Rangoon Lunatic Asylum 1898-1906 - 1898-1906
Year: 1898
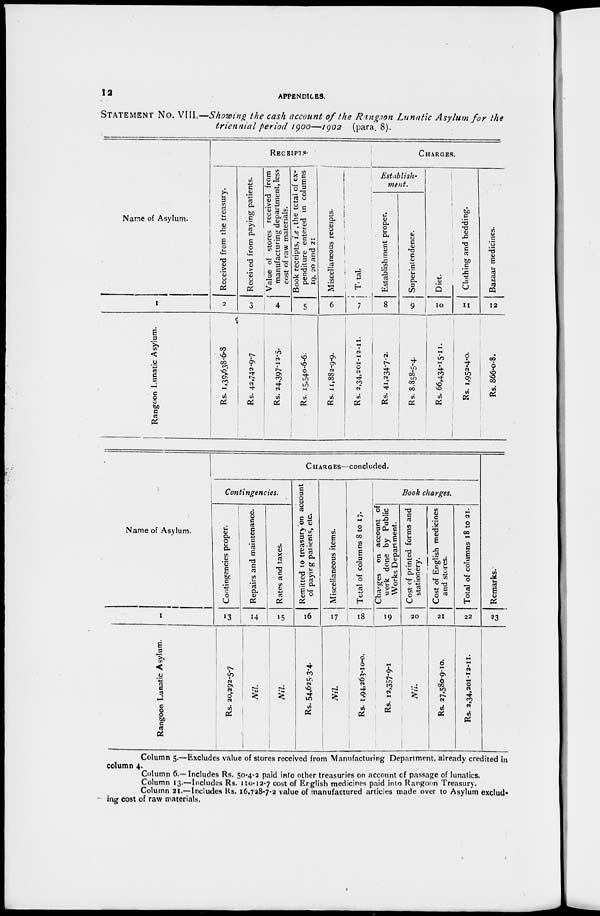
12
APPENDICES.
STATEMENT No. VIII.—Showing the cash account of the Rangoon Lunatic Asylum for the
triennial period 1900—1902 (para. 8).
Name of Asylum.
1
Rangoon Lunatic Asylum.
RECEIPT.
Received from the treasury.
2
Rs. 1,39,638-6-8
Received from paying patients.
3
Rs. 42,742-9-7
Value of stores received from
manufacturing department, less
cost of raw materials.
4
Rs. 24,397-12-5.
Book receipts, i.e., the total of ex-
penditure
entered in columns
19, 20 and 21
5
Rs. 15,540-6-6.
Miscellaneous receipts.
6
Rs. 11,882-9-9.
Total.
7
Rs. 2,34,201-12-11.
CHARGES.
Establish-
ment.
Establishment proper.
8
Rs. 41,234-7-2.
Superintendence.
9
Rs. 8,858-5-4.
Diet.
10
Rs. 66,434-15-11.
Clothing and bedding.
11
Rs. 1,952-4-0.
Bazaar medicines.
12
Rs. 866-0-8.
Name of Asylum.
1
Rangoon Lunatic Asylum.
CHARGES—concluded.
Contingencies.
Contingencies proper.
13
Rs. 20,292-5-7
Repairs and maintenance.
14
Nil.
Rates and taxes.
15
Nil.
Remitted to treasury on account
of paying patients, etc.
16
Rs. 54,625-3-4.
Miscellaneous items.
17
Nil.
Total of columns 8 to 17.
18
Rs. 1,94,263-10-0.
Book charges.
Charges on account of
work done by Public
Works Department.
19
Rs. 12,357-9-1
Cost of printed forms and
stationery.
20
Nil.
Cost of English medicines
and stores.
21
Rs. 27,580-9-10.
Total of columns 18 to 21.
22
Rs. 2,34,201-12-11.
Remarks.
23
Column 5.—Excludes value of stores received from Manufacturing Department, already credited in
column 4.
Column 6.— Includes Rs. 50-4-2 paid into other treasuries on account of passage of lunatics.
Column 13.—Includes Rs. 110-12-7 cost of English medicines paid into Rangoon Treasury.
Column 21.—Includes Rs. 16,728-7-2 value of manufactured articles made over to Asylum exclud-
ing cost of raw materials.